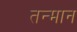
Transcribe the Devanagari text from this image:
तन्मान